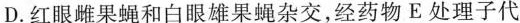
D.红眼雌果蝇和白眼雄果蝇杂交，经药物E处理子代